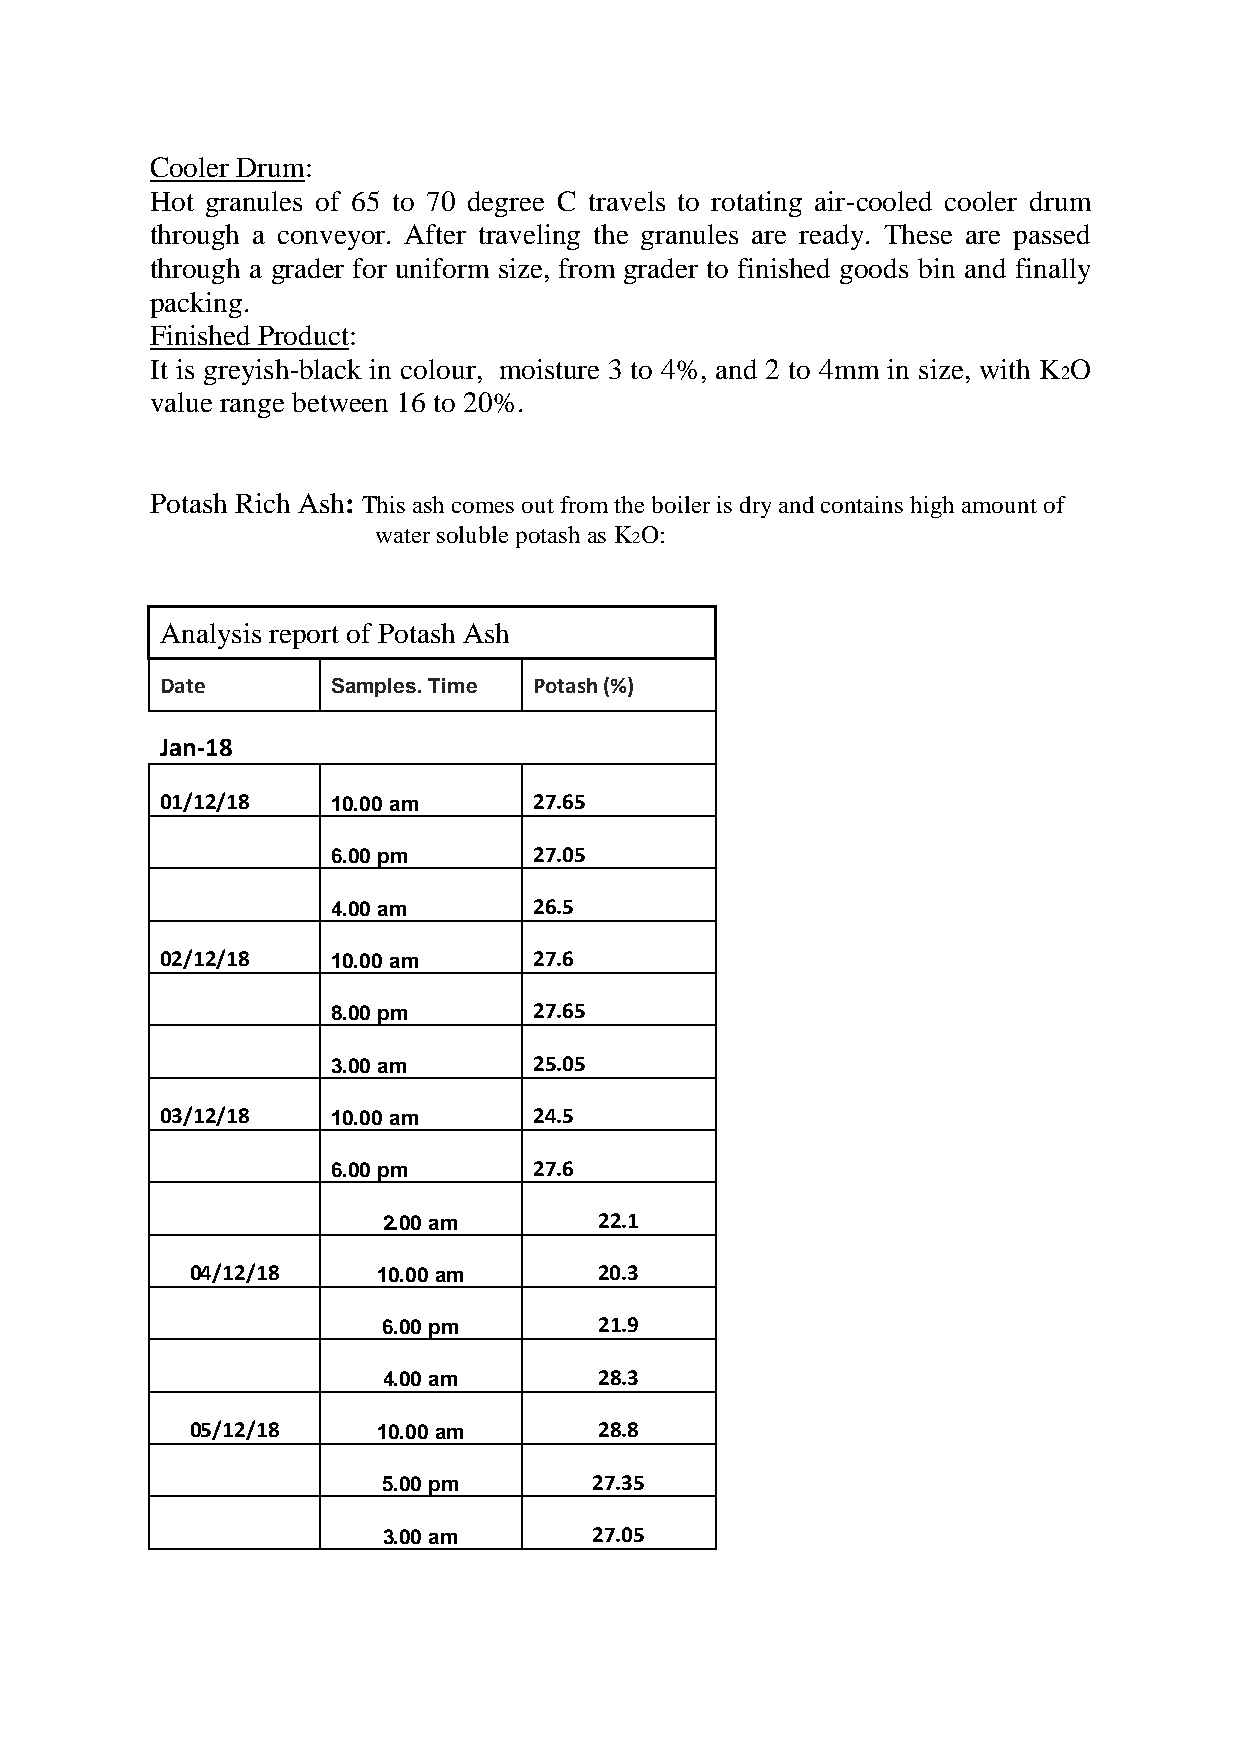
Cooler Drum:
 Hot granules of 65 to 70 degree C travels to rotating air-cooled cooler drum
 through a conveyor. After traveling the granules are ready. These are passed
 through a grader for uniform size, from grader to finished goods bin and finally
 packing.
 Finished Product:
 It is greyish-black in colour, moisture 3 to 4%, and 2 to 4mm in size, with K O
 2
 value range between 16 to 20%.
 Potash Rich Ash: This ash comes out from the boiler is dry and contains high amount of
 water soluble potash as K O:
 2
 Analysis report of Potash Ash
 Date       Samples. Time Potash (%)
 Jan-18
 01/12/18   10.00 am     27.65
 6.00 pm      27.05
 4.00 am      26.5
 02/12/18   10.00 am     27.6
 8.00 pm      27.65
 3.00 am      25.05
 03/12/18   10.00 am     24.5
 6.00 pm      27.6
 2.00 am        22.1
 04/12/18    10.00 am       20.3
 6.00 pm        21.9
 4.00 am        28.3
 05/12/18    10.00 am       28.8
 5.00 pm       27.35
 3.00 am       27.05